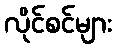
လိုင်စင်များ